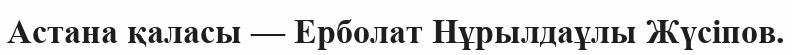
Астана қаласы — Ерболат Нұрылдаұлы Жүсіпов.